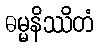
ဓမ္မနိဿိတံ